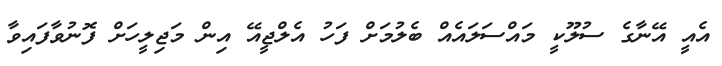
އެއީ އޭނާގެ ސުލޫކީ މައްސަލައެއް ބެލުމަށް ފަހު އެލްޖީއޭ އިން މަޖިލީހަށް ފޮނުވާފައިވާ